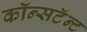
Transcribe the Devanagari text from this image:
कॉन्सटॅन्ट